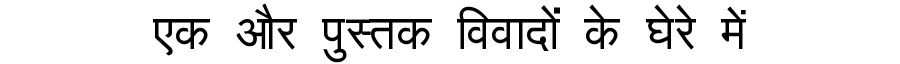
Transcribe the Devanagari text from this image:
एक और पुस्तक विवादों के घेरे में